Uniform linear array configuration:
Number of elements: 32
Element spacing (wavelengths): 0.5
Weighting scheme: hann
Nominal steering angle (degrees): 30
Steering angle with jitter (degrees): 30.901
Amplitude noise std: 0.05
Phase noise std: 0.05

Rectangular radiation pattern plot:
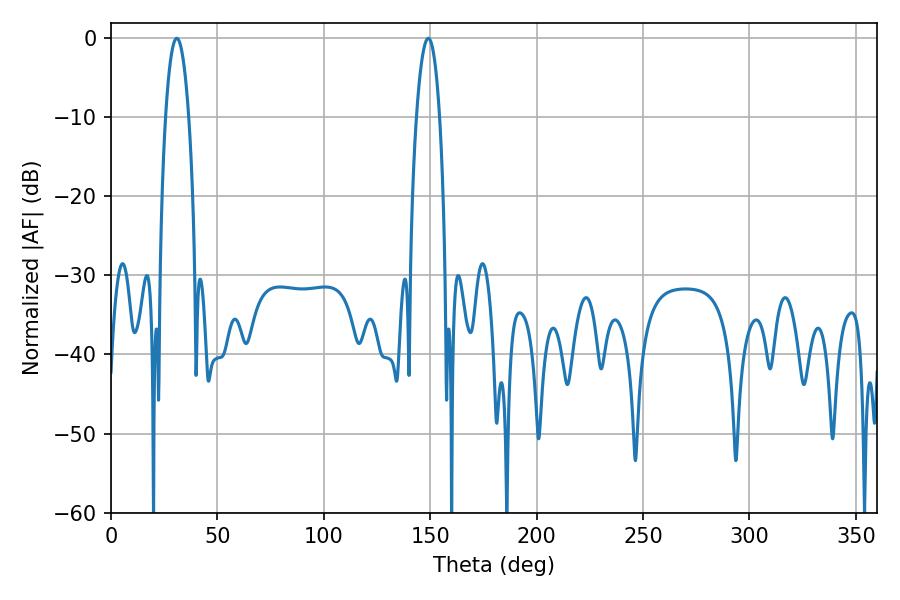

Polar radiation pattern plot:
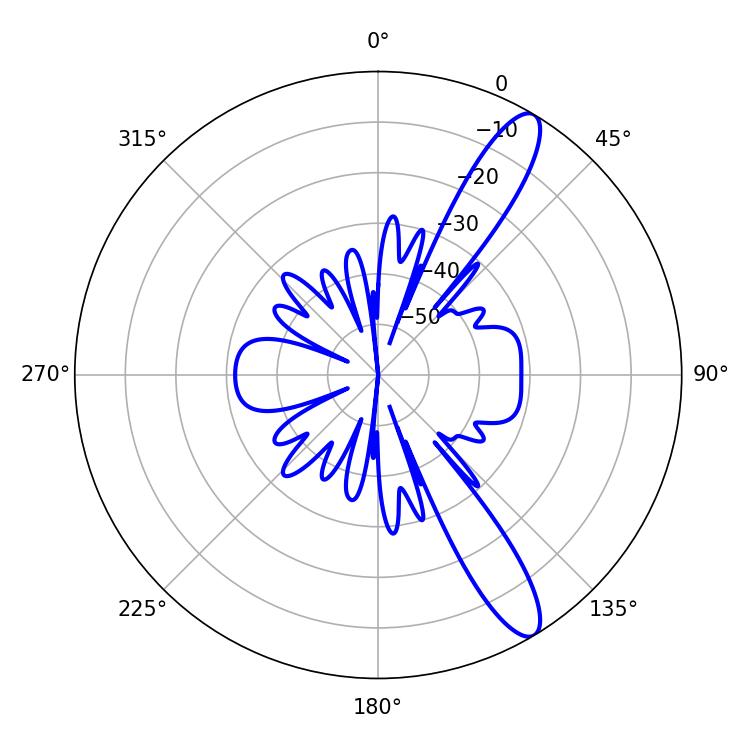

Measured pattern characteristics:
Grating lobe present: FALSE
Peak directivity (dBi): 12.339
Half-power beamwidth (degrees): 6.12
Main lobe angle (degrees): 149.04